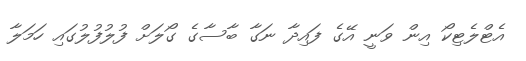
އެޓްލެޓިކޯ އިން ވަނީ އޭގެ ފައިދާ ނަގާ ބާސާގެ ގޯލަށް ފުލުފުލުގައި ހަމަލާ